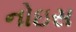
નોઇસ